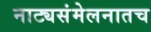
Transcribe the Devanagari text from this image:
नाट्यसंमेलनातच